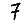
Digit: 7